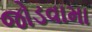
જોડવામા